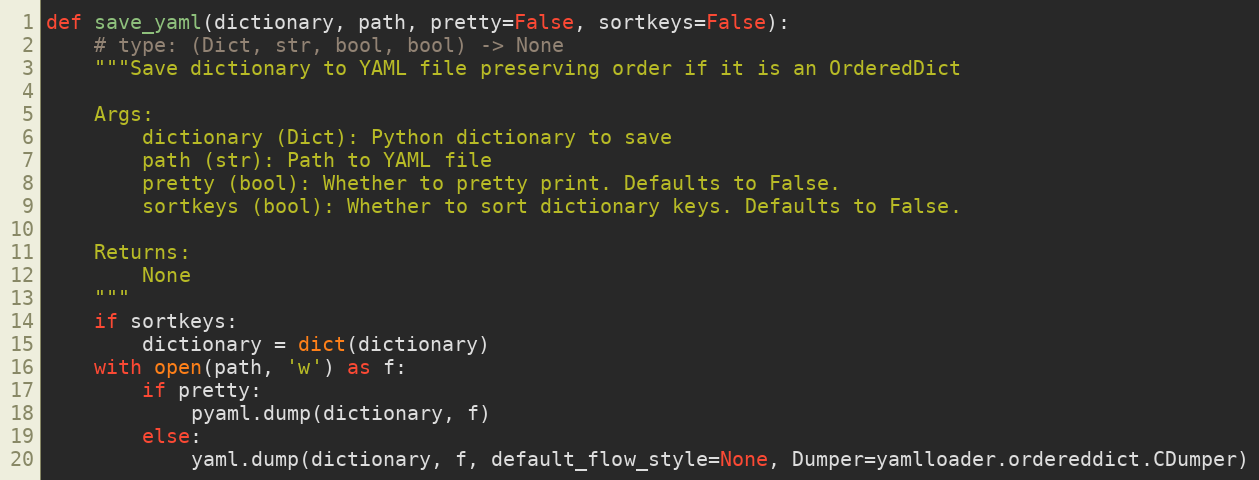
Language: Python
def save_yaml(dictionary, path, pretty=False, sortkeys=False):
    # type: (Dict, str, bool, bool) -> None
    """Save dictionary to YAML file preserving order if it is an OrderedDict

    Args:
        dictionary (Dict): Python dictionary to save
        path (str): Path to YAML file
        pretty (bool): Whether to pretty print. Defaults to False.
        sortkeys (bool): Whether to sort dictionary keys. Defaults to False.

    Returns:
        None
    """
    if sortkeys:
        dictionary = dict(dictionary)
    with open(path, 'w') as f:
        if pretty:
            pyaml.dump(dictionary, f)
        else:
            yaml.dump(dictionary, f, default_flow_style=None, Dumper=yamlloader.ordereddict.CDumper)